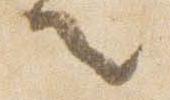
言